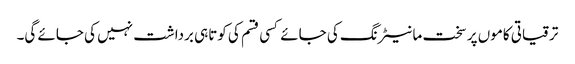
ترقیاتی کاموں پر سخت مانیٹرنگ کی جائے کسی قسم کی کوتاہی برداشت نہیں کی جائے گی۔